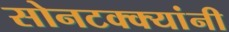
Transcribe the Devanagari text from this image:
सोनटक्क्यांनी